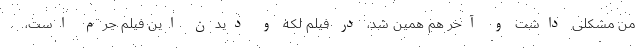
من مشکلی داشت و آخر هم همین شد، در فیلم لکه و دیدن این فیلم جرم است،